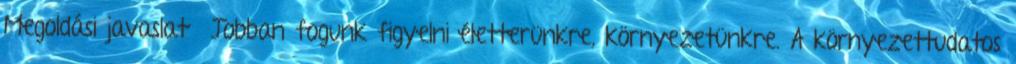
Megoldási javaslat ▪Jobban fogunk figyelni életterünkre, környezetünkre. A környezettudatos